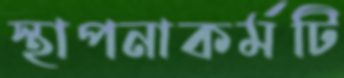
স্থাপনাকর্মটি